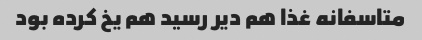
متاسفانه غذا هم دیر رسید هم یخ کرده بود